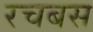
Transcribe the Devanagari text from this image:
रचबस